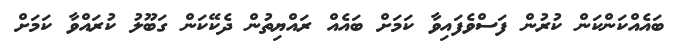
ބައެއްކަންކަން ކުރުން ފަސްވެފައިވާ ކަމަށް ބައެއް ރައްޔިތުން ދެކޭކަން ގަބޫލު ކުރައްވާ ކަމަށް